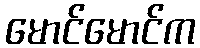
မောင်မောင်က